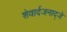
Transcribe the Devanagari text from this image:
शेवार्दजनाद्जे